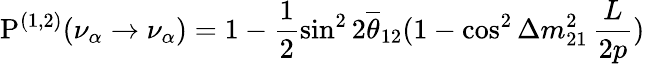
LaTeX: {\mathrm P}^{(1,2)}(\nu_{\alpha}\to\nu_{\alpha})=1-\frac{1}{2}\sin^{2}2\overline{{{\theta}}}_{12}(1-\cos^{2}\Delta m_{21}^{2}\, \frac{L}{2p})